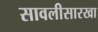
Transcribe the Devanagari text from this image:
सावलीसारखा